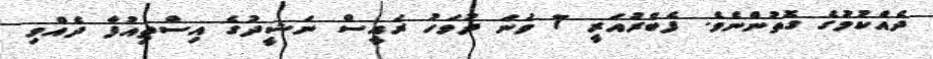
ދެއްކުމުގެ ގޮތުންނެވެ. ފެބްރުއަރީ 7 ވަނަ ދުވަހު ރައީސް ނަޝީދުގެ އިސްތިއުފާ ދެއްވި